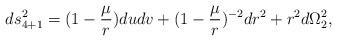
LaTeX: \begin{align*}ds^2_{4+1}= ( 1 -{ \mu \over r}) du dv + ( 1 -{ \mu \over r})^{-2}dr^2 + r^2 d \Omega^2_2,\end{align*}